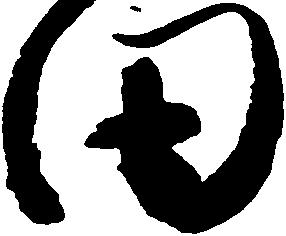
田